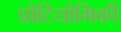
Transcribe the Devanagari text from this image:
प्रोटियोमिकी